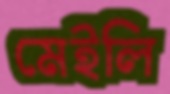
মেইলি